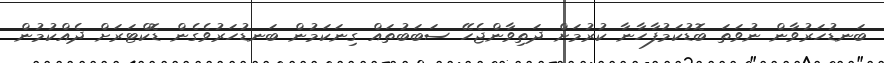
ބަނޑުހަރުވާން ނުވަތަ ބޮޑުކަމުފާހާނާ ކުރުމަށް ދަތިވާންޖެހޭ ސަބަބުތައް ގިނަކަމުން ބަނޑުހަރުވެގެން ޑޮކްޓަރަށް ދެއްކުމުން